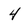
Character: 4